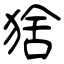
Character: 猞